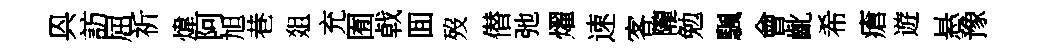
㒷訪屈祈煒阿旭巷爼充囿㦸囬歿僣弛燿速客隴勉颿會齔希瘡遊悬豫